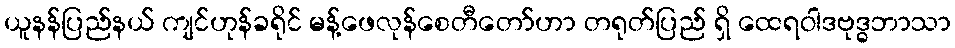
ယူနန်ပြည်နယ် ကျင်ဟုန်ခရိုင် မန့်ဖေလုန်စေတီတော်ဟာ တရုတ်ပြည် ရှိ ထေရဝါဒဗုဒ္ဓဘာသာ